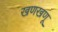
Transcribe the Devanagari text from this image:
खणखणू